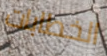
الخطابات